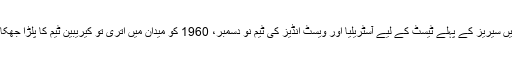
برسبن کے گابا میدان میں سیریز کے پہلے ٹیسٹ کے لیے آسٹریلیا اور ویسٹ انڈیز کی ٹیم نو دسمبر، 1960 کو میدان میں اتری تو کیریبین ٹیم کا پلڑا جھکا ہوا تسلیم کیا جا رہا تھا۔